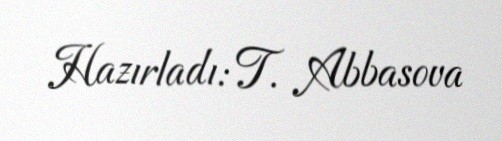
Hazırladı: T. Abbasova